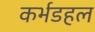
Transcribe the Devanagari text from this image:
कर्भडहल